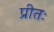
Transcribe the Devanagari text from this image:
प्रीतः